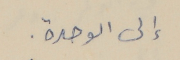
إلى الوحدة.